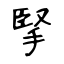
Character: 掔